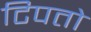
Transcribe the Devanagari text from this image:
टिपतो